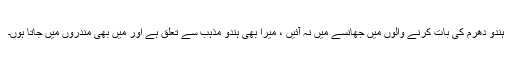
ہندو دھرم کی بات کرنے والوں میں جھانسے میں نہ آئیں ، میرا بھی ہندو مذہب سے تعلق ہے اور میں بھی مندروں میں جاتا ہوں۔